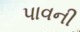
પાવની